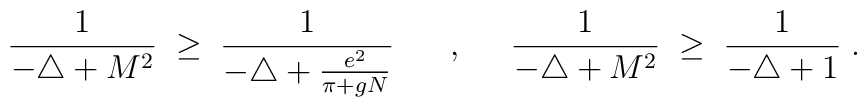
\frac{1}{-\triangle + M^2} \; \geq \;\frac{1}{-\triangle + \frac{e^2}{\pi+gN}} \; \; \; \; \; \; , \; \; \; \; \;\frac{1}{-\triangle + M^2} \; \geq \; \frac{1}{-\triangle + 1} \; .